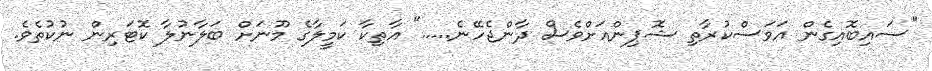
"ސައިބޮއިގެން އަވަސްކުރާތި ޝޮޕިންއަށްވެސް ދާންޖެހޭނެ....." އާތިކާ ކަމީލާގެ މޫނަށް ބަލާނުލާ ކޮޓަރިން ނުކުތެވެ.